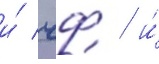
и́ чф / и́